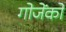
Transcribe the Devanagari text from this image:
गोजेंको